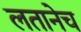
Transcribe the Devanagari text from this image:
लतानेच